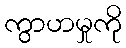
ကွာဟမှုကို